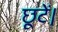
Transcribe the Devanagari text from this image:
छूटें।